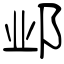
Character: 邺